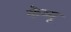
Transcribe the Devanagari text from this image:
केव्यू